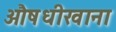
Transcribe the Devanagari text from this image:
औषधीखाना